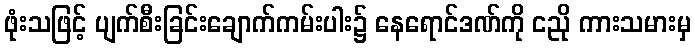
ဖုံးသဖြင့် ပျက်စီးခြင်းချောက်ကမ်းပါး၌ နေရောင်ဒဏ်ကို ငညို ကားသမားမှ